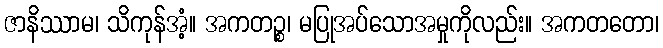
ဇာနိဿာမ၊ သိကုန်အံ့။ အကတဉ္စ၊ မပြုအပ်သောအမှုကိုလည်း။ အကတတော၊